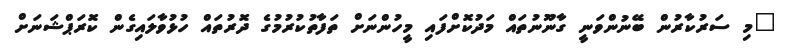
"މި ސަރުކާރުން ބޭނުންވަނީ ގާނޫނުތައް މަދުކޮށްފައި މީހުންނަށް ތަފާތުކުރުމުގެ ދޮރުތައް ހުޅުވާލައިގެން ކޮރަޕްޝަނަށް